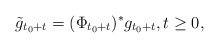
LaTeX: \begin{align*}\tilde{g}_{t_0 + t} = (\Phi_{t_0+t})^{\ast} g_{t_0+t}, t\geq0,\end{align*}